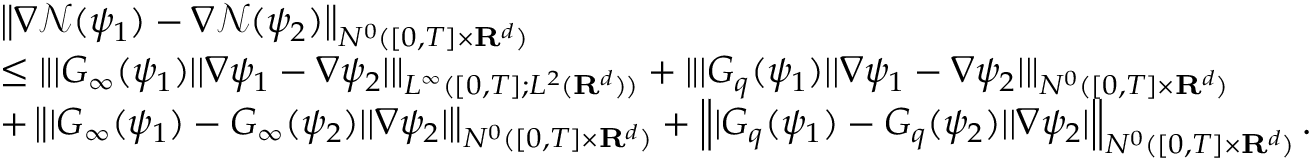
\begin{array} { r l } & { \left\| \nabla \mathcal { N } ( \psi _ { 1 } ) - \nabla \mathcal { N } ( \psi _ { 2 } ) \right\| _ { N ^ { 0 } ( [ 0 , T ] \times { \mathbf R } ^ { d } ) } } \\ & { \leq \| | G _ { \infty } ( \psi _ { 1 } ) | | \nabla \psi _ { 1 } - \nabla \psi _ { 2 } | \| _ { L ^ { \infty } ( [ 0 , T ] ; L ^ { 2 } ( { \mathbf R } ^ { d } ) ) } + \| | G _ { q } ( \psi _ { 1 } ) | | \nabla \psi _ { 1 } - \nabla \psi _ { 2 } | \| _ { N ^ { 0 } ( [ 0 , T ] \times { \mathbf R } ^ { d } ) } } \\ & { + \left\| | G _ { \infty } ( \psi _ { 1 } ) - G _ { \infty } ( \psi _ { 2 } ) | | \nabla \psi _ { 2 } | \right\| _ { N ^ { 0 } ( [ 0 , T ] \times { \mathbf R } ^ { d } ) } + \left\| | G _ { q } ( \psi _ { 1 } ) - G _ { q } ( \psi _ { 2 } ) | | \nabla \psi _ { 2 } | \right\| _ { N ^ { 0 } ( [ 0 , T ] \times { \mathbf R } ^ { d } ) } . } \end{array}